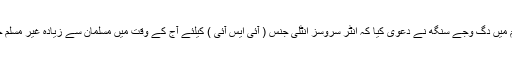
ہفتہ کو ایک پروگرام میں دگ وجے سنگھ نے دعوی کیا کہ انٹر سروسز انٹلی جنس ( آئی ایس آئی ) کیلئے آج کے وقت میں مسلمان سے زیادہ غیر مسلم جاسوسی کرتے ہیں ۔